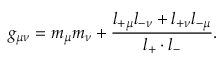
g _ { \mu \nu } = m _ { \mu } m _ { \nu } + \frac { l _ { + \mu } l _ { - \nu } + l _ { + \nu } l _ { - \mu } } { l _ { + } \cdot l _ { - } } .